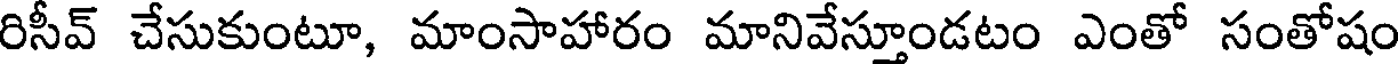
రిసీవ్ చేసుకుంటూ, మాంసాహారం మానివేస్తూండటం ఎంతో సంతోషం